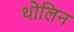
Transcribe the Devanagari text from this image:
थोलिन